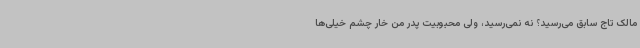
مالک تاج سابق می‌رسید؟ نه نمی‌رسید، ولی محبوبیت پدر من خار چشم خیلی‌ها